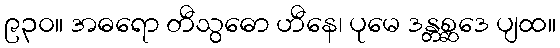
၉၃၀။ အဓရော တီသွဓော ဟီနေ၊ ပုမေ ဒန္တစ္ဆဒေ ပျထ။